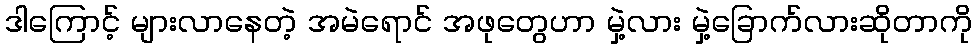
ဒါကြောင့် များလာနေတဲ့ အမဲရောင် အဖုတွေဟာ မှဲ့လား မှဲ့ခြောက်လားဆိုတာကို